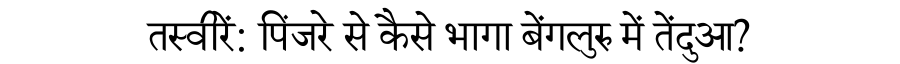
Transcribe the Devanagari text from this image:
तस्वीरें: पिंजरे से कैसे भागा बेंगलुरु में तेंदुआ?